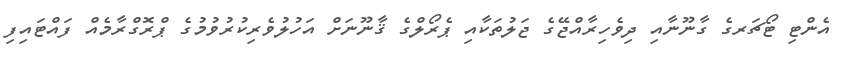
އެންޓި ޓޯޗަރގެ ގާނޫނާއި ދިވެހިރާއްޖޭގެ ޖަލުތަކާއި ޕެރޯލްގެ ޤާނޫނަށް އަހުލުވެރިކުރުވުމުގެ ޕްރޮގްރާމެއް ފައްޓައިފި